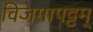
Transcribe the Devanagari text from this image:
विजगापट्टम्